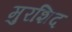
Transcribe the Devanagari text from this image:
मुरशिद